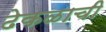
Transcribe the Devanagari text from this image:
ढेकळाची